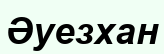
Әуезхан